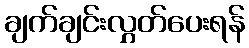
ချက်ချင်းလွှတ်ပေးရန်